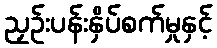
ညှဉ်းပန်းနှိပ်စက်မှုနှင့်